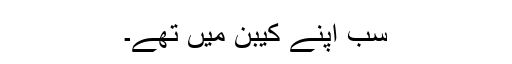
سب اپنے کیبن میں تھے۔